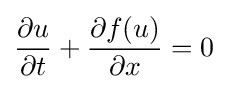
{\frac {\partial u}{\partial t}}+{\frac {\partial f(u)}{\partial x}}=0